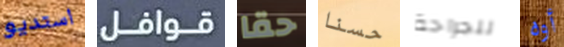
استديو قوافل حقا حسنا للجراحة أوه